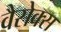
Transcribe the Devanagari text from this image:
वैसेक्स